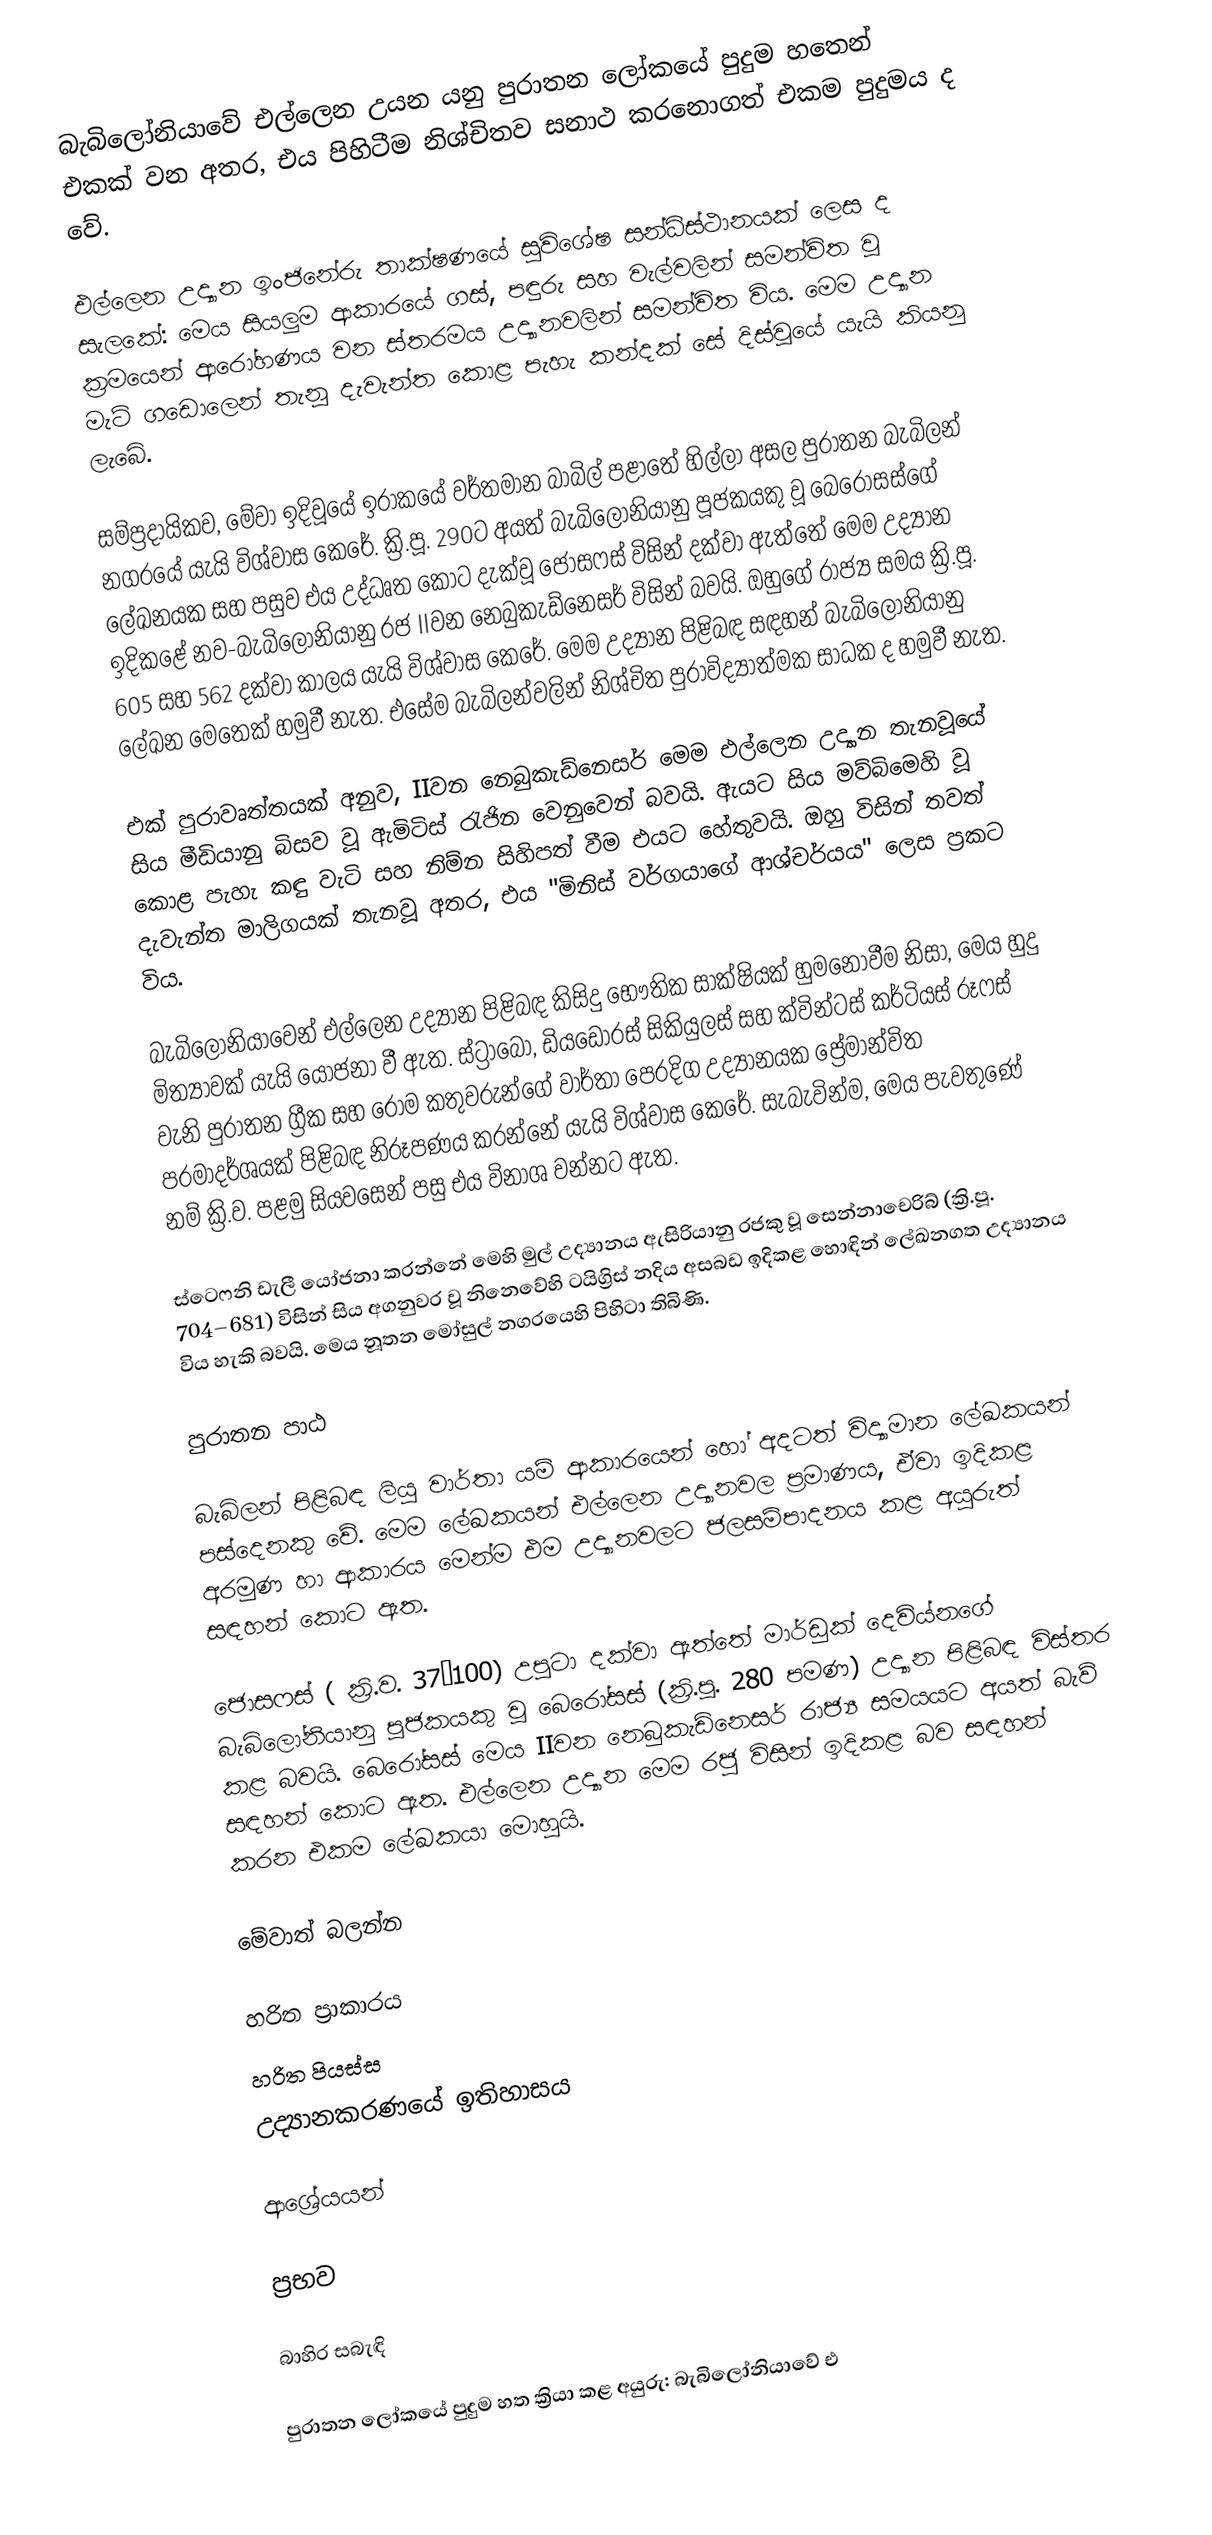
බැබිලෝනියාවේ එල්ලෙන උයන යනු පුරාතන ‍ලෝකයේ පුදුම හතෙන් එකක් වන අතර, එය පිහිටීම නිශ්චිතව සනාථ කරනොගත් එකම පුදුමය ද වේ.

එල්ලෙන උද්‍යාන ඉංජිනේරු තාක්ෂණයේ සුවිශේෂ සන්ධිස්ථානයක් ලෙස ද සැලකේ: මෙය සියලුම ආකාරයේ ගස්, පඳුරු සහ වැල්වලින් සමන්විත වූ ක්‍රමයෙන් ආරෝහණය වන ස්තරමය උද්‍යානවලින් සමන්විත විය. මෙම උද්‍යාන මැටි ගඩොලෙන් තැනූ දැවැන්ත කොළ පැහැ කන්දක් සේ දිස්වූයේ යැයි කියනු ලැබේ.

සම්ප්‍රදායිකව, මේවා ඉදිවූයේ ඉරාකයේ වර්තමාන බාබිල් පළාතේ හිල්ලා අසල පුරාතන බැබිලන් නගරයේ යැයි විශ්වාස කෙරේ. ක්‍රි.පූ. 290ට අයත් බැබිලෝනියානු පූජකයකු වූ බෙරෝසස්ගේ ලේඛනයක සහ පසුව එය උද්ධෘත කොට දැක්වූ ජොසෆස් විසින් දක්වා ඇත්තේ මෙම උද්‍යාන ඉදිකළේ නව-බැබිලෝනියානු රජ IIවන නෙබුකැඩ්නෙසර් විසින් බවයි. ඔහුගේ රාජ්‍ය සමය ක්‍රි.පූ. 605 සහ 562 දක්වා කාලය යැයි විශ්වාස කෙරේ. මෙම උද්‍යාන පිළිබඳ සඳහන් බැබිලෝනියානු ලේඛන මෙතෙක් හමුවී නැත. එසේම බැබිලන්වලින් නිශ්චිත පුරාවිද්‍යාත්මක සාධක ද හමුවී නැත.

එක් පුරාවෘත්තයක් අනුව, IIවන නෙබුකැඩ්නෙසර් මෙම එල්ලෙන උද්‍යාන තැනවූයේ සිය මීඩියානු බිසව වූ ඇමිටිස් රැජින වෙනුවෙන් බවයි. ඇයට සිය මව්බිමෙහි වූ කොළ පැහැ කඳු වැටි සහ නිම්න සිහිපත් වීම එයට හේතුවයි. ඔහු විසින් තවත් දැවැන්ත මාලිගයක් තැනවූ අතර, එය "මිනිස් වර්ගයාගේ ආශ්චර්යය" ලෙස ප්‍රකට විය.

බැබිලෝනියාවෙන් එල්ලෙන උද්‍යාන පිළිබඳ කිසිදු භෞතික සාක්ෂියක් හුමනොවීම නිසා, මෙය හුදු මිත්‍යාවක් යැයි යෝජනා වී ඇත. ස්ට්‍රාබෝ, ඩියඩෝරස් සිකියුලස් සහ ක්වින්ටස් කර්ටියස් රූෆස් වැනි පුරාතන ග්‍රීක සහ රෝම කතුවරුන්ගේ වාර්තා පෙරදිග උද්‍යානයක ප්‍රේමාන්විත පරමාදර්ශයක් පිළිබඳ නිරූපණය කරන්නේ යැයි විශ්වාස කෙරේ. සැබැවින්ම, මෙය පැවතුණේ නම් ක්‍රි.ව. පළමු සියවසෙන් පසු එය විනාශ වන්නට ඇත.

ස්ටෙෆනි ඩැලී යෝජනා කරන්නේ මෙහි ‍මුල් උද්‍යානය ඇසිරියානු රජකු වූ සෙන්නාචෙරිබ් (ක්‍රි.පූ. 704–681) විසින් සිය අගනුවර වූ නිනෙවේහි ටයිග්‍රිස් නදිය අසබඩ ඉදිකළ හොඳින් ලේඛනගත උද්‍යානය විය හැකි බවයි. මෙය නූතන මෝසුල් නගරයෙහි පිහිටා තිබිණි.

පුරාතන පාඨ

බැබිලන් පිළිබඳ ලියූ වාර්තා යම් ආකාරයෙන් හෝ අදටත් විද්‍යාමාන ලේඛකයන් පස්දෙනකු වේ. මෙම ලේඛකයන් එල්ලෙන උද්‍යානවල ප්‍රමාණය, ඒවා ඉදිකළ අරමුණ ‍හා ආකාරය මෙන්ම එම උද්‍යානවලට ජලසම්පාදනය කළ අයුරුත් සඳහන් කොට ඇත.

ජොසෆස් ( ක්‍රි.ව. 37–100) උපුටා දක්වා ඇත්තේ මාර්ඩුක් දෙවිය්නගේ බැබිලෝනියානු පූජකයකු වූ බෙරෝසස් (ක්‍රි.පූ. 280 පමණ) උද්‍යාන පිළිබඳ විස්තර කළ බවයි. බෙරෝසස් මෙය IIවන නෙබුකැඩ්නෙසර් රාජ්‍ය සමයයට අයත් බැව් සඳහන් කොට ඇත. ‍එල්ලෙන උද්‍යාන මෙම රජු විසින් ඉදිකළ බව සඳහන් කරන එකම ලේඛකයා මොහුයි.

මේවාත් බලන්න

 හරිත ප්‍රාකාරය
 හරිත පියස්ස
 උද්‍යානකරණයේ ඉතිහාසය

ආශ්‍රේයයන්

ප්‍රභව

බාහිර සබැඳි

 පුරාතන ‍ලෝකයේ පුදුම හත ක්‍රියා කළ අයුරු: බැබිලෝනියාවේ එ